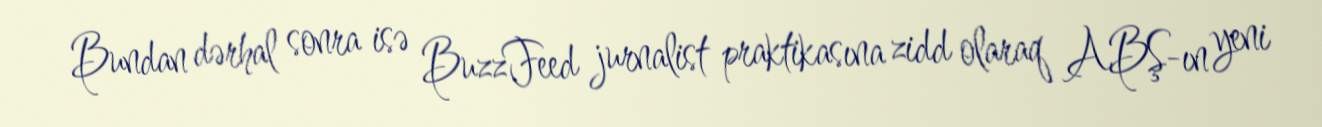
Bundan dərhal sonra isə BuzzFeed jurnalist praktikasına zidd olaraq ABŞ-ın yeni